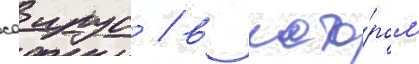
саирус / в кото́ром